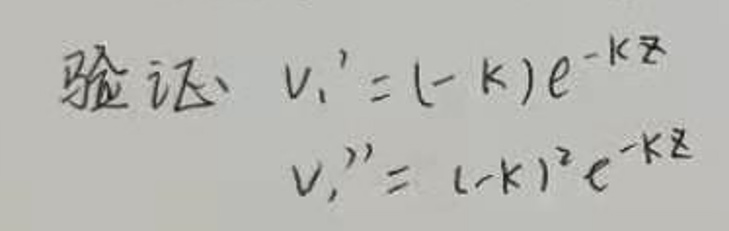
验证：
\[
\begin{align*}
v_1'&=(-k)e^{-kz}\\
v_1''&=(-k)^2e^{-kz}
\end{align*}
\]